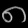
Digit: ၈